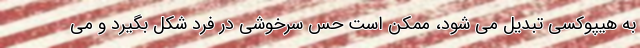
به هیپوکسی تبدیل می شود، ممکن است حس سرخوشی در فرد شکل بگیرد و می